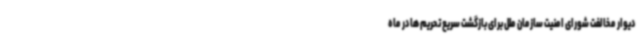
دیوار مخالفت شورای امنیت سازمان ملل برای بازگشت سریع تحریم ها در ماه